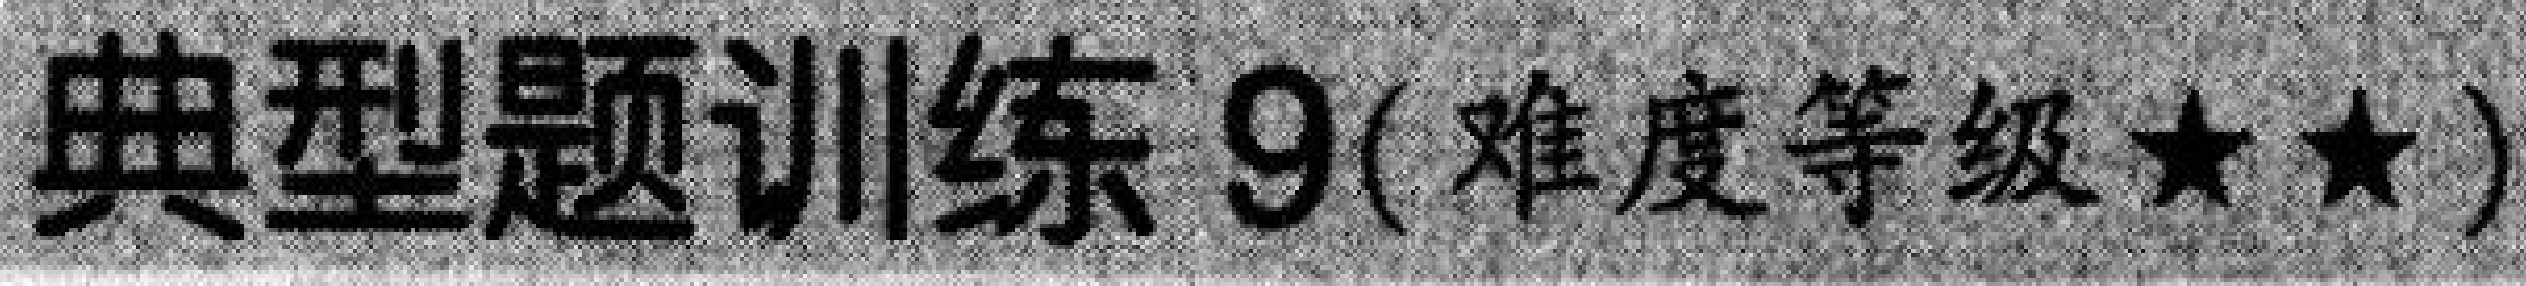
典型题训练 9(难度等级★★)